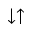
\downarrow \uparrow